Report on plague in the Punjab from October 1st ... to September 30th ..., being the ... season of plague in the province
Disease focus: Plague
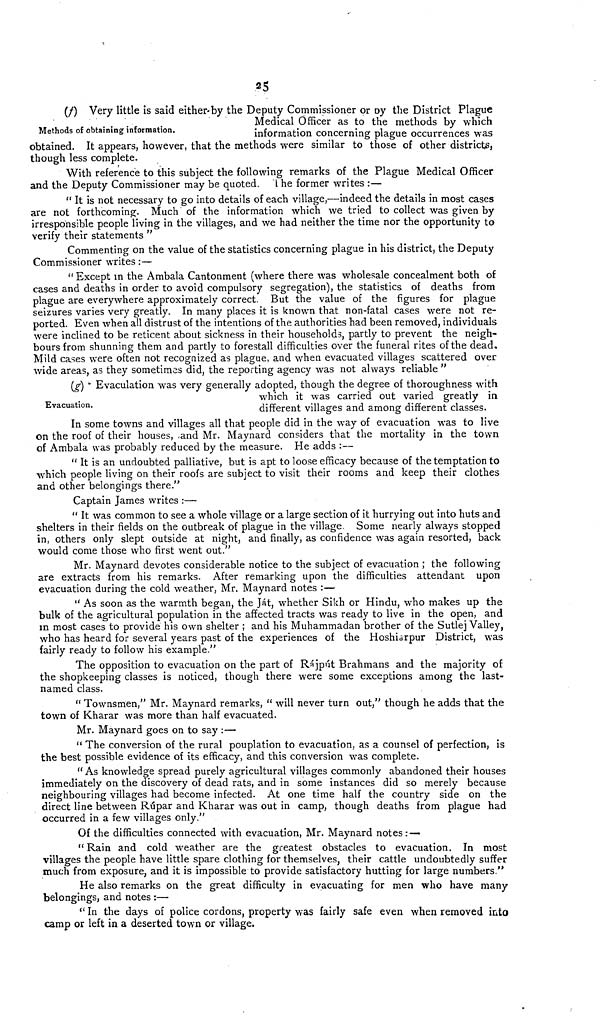
25
Methods of obtaining information.
(t) Very little is said either by. the Denuty Commmisipner or the District Plague
Medical Officer as to the methods by which
information concerning plague occurrences was
obtained. It appears, however, that the methods were similar to those of other districts,
though less complete.
With reference to this subject the following remarks of the Plague Medical Officer
and the Deputy Commissioner may be quoted. 1 he former writes :—
" It is not necessary to go into details of each village,—indeed the details in most cases
are not forthcoming. Much of the information which we tried to collect was given by
irresponsible people living in the villages, and we had neither the time nor the opportunity to
verify their statements "
Commenting on the value of the statistics concerning plague in his district, the Deputy
Commissioner writes : •—
" Except in the Ambala Cantonment (where there was wholesale concealment both of
cases and deaths in order to avoid compulsory segregation), the statistics of deaths from
plague are everywhere approximately correct. But the value of the figures for plague
seizures varies very greatly. In many places it is known that non-fatal cases were not re-
ported. Even when all distrust of the intentions of the authorities had been removed, individuals
were inclined to be reticent about sickness in their households, partly to prevent the neigh-
bours from shunning them and partly to forestall difficulties over the funeral rites of the dead.
Mild cases were often not recognized as plague, and when evacuated villages scattered over
wide areas, as they sometimes did, the reporting agency was not always reliable "
Evacuation.
(g) ' Evaculation was very generally adopted, though the degree of thoroughness with
which it was carried out varied greatly in
different villages and among different classes.
In some towns and villages all that people did in the way of evacuation was to live
on the roof of their houses, -and Mr. Maynard considers that the mortality in the town
of Ambala was probably reduced by the measure. He adds : —
" It is an undoubted palliative, but is apt to loose efficacy because of the temptation to
which people living on their roofs are subject to visit their rooms and keep their clothes
and other belongings there."
Captain James writes :—
" It was common to see a whole village or a large section of it hurrying out into huts and
shelters in their fields on the outbreak of plague in the village. Some nearly always stopped
in, others only slept outside at night, and finally, as confidence was again resorted, back
would come those who first went out."
Mr. Maynard devotes considerable notice to the subject of evacuation ; the following
are extracts from his remarks. After remarking upon the difficulties attendant upon
evacuation during the cold weather, Mr. Maynard notes :—
" As soon as the warmth began, the Ját, whether Sikh or Hindu, who makes up the
bulk of the agricultural population in the affected tracts was ready to live in the open, and
in most cases to provide his own shelter ; and his Muhammadan brother of the Sutlej Valley,
who has heard for several years past of the experiences of the Hoshiarpur District, was
fairly ready to follow his example."
The opposition to evacuation on the part of Rajput Brahmans and the majority of
the shopkeeping classes is noticed, though there were some exceptions among the last-
named class.
" Townsmen," Mr. Maynard remarks, " will never turn out," though he adds that the
town of Kharar was more than half evacuated.
Mr. Maynard goes on to say :—
" The conversion of the rural pouplation to evacuation, as a counsel of perfection, is
the best possible evidence of its efficacy, and this conversion was complete.
" As knowledge spread purely agricultural villages commonly abandoned their houses
immediately on the discovery of dead rats, and in some instances did so merely because
neighbouring villages had become infected. At one time half the country side on the
direct line between Rupar and Kharar was out in camp, though deaths from plague had
occurred in a few villages only."
Of the difficulties connected with evacuation, Mr. Maynard notes: —
" Rain and cold weather are the greatest obstacles to evacuation. In most
villages the people have little spare clothing for themselves, their cattle undoubtedly suffer
much from exposure, and it is impossible to provide satisfactory hutting for large numbers."
He also remarks on the great difficulty in evacuating for men who have many
belongings, and notes :—
<( In the days of police cordons, property was fairly safe even when removed into
camp or left in a deserted town or village.